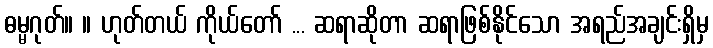
ဓမ္မဂုတ်။ ။ ဟုတ်တယ် ကိုယ်တော် ... ဆရာဆိုတာ ဆရာဖြစ်နိုင်သော အရည်အချင်းရှိမှ